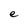
Character: e